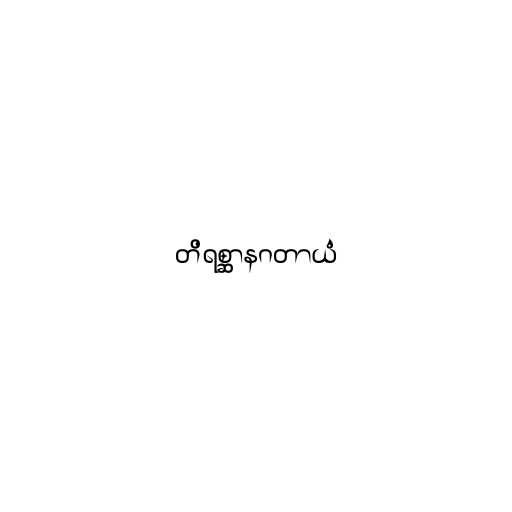
တိရစ္ဆာနဂတာယံ